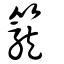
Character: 籠